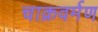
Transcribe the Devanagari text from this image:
चाक्रवर्मण